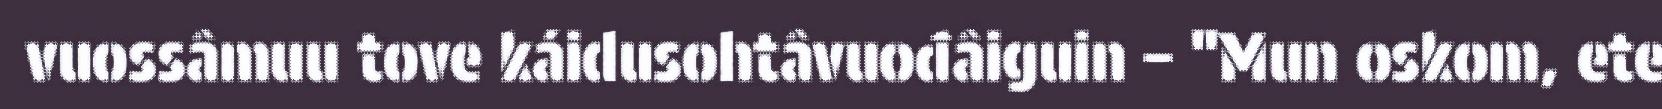
vuossâmuu tove káidusohtâvuođâiguin – "Mun oskom, ete